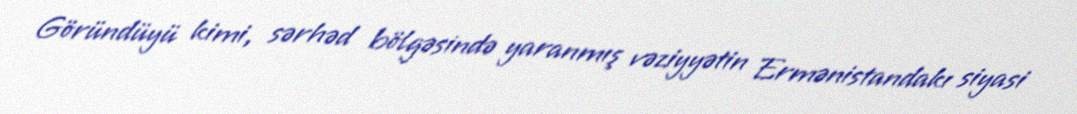
Göründüyü kimi, sərhəd bölgəsində yaranmış vəziyyətin Ermənistandakı siyasi